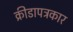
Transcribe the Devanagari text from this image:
क्रीडापत्रकार